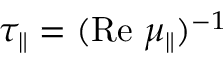
\tau _ { \parallel } = ( \operatorname { R e } \, \mu _ { \parallel } ) ^ { - 1 }